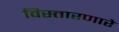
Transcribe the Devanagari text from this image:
विस्तारणारे